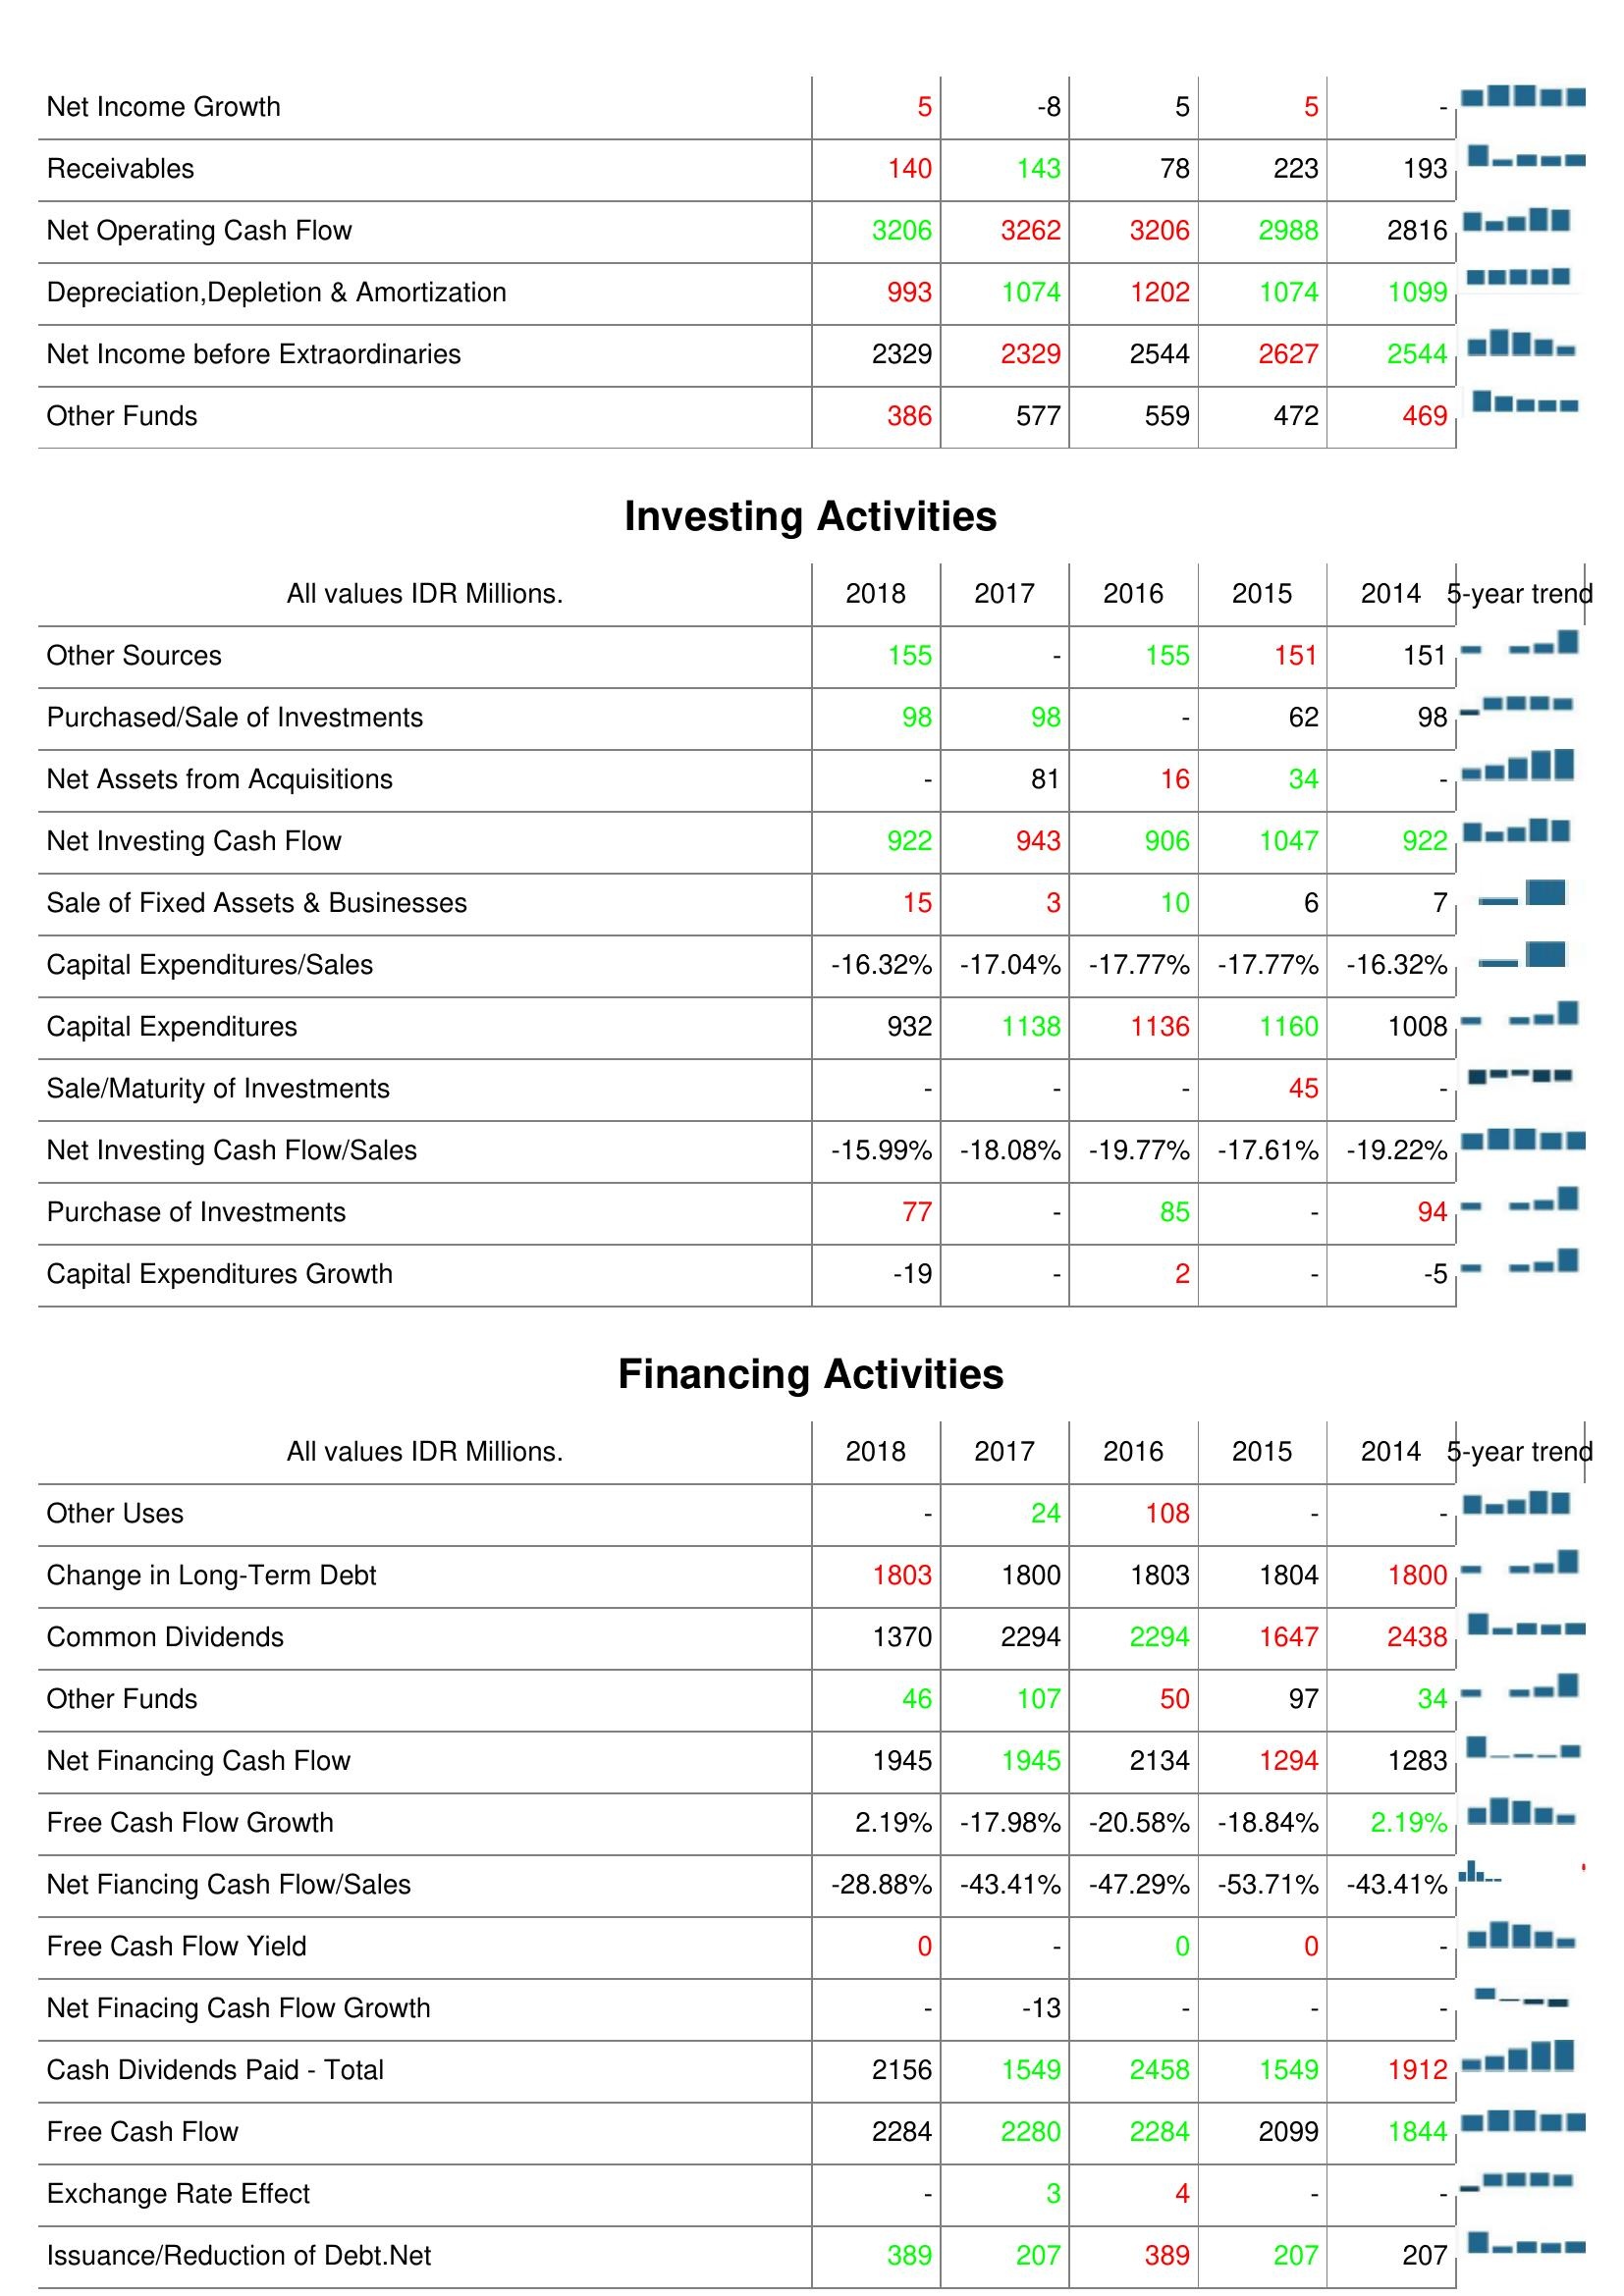
2018: Operating Activities: Net Income Growth: 5
Receivables: 140
Net Operating Cash Flow: 3206
Depreciation,Depletion & Amortization: 993
Net Income before Extraordinaries: 2329
Other Funds: 386
Investing Activities: Other Sources: 155
Purchased/Sale of Investments: 98
Net Assets from Acquisitions: -
Net Investing Cash Flow: 922
Sale of Fixed Assets & Businesses: 15
Capital Expenditures/Sales: -16.32%
Capital Expenditures: 932
Sale/Maturity of Investments: -
Net Investing Cash Flow/Sales: -15.99%
Purchase of Investments: 77
Capital Expenditures Growth: -19
Financing Activities: Other Uses: -
Change in Long-Term Debt: 1803
Common Dividends: 1370
Other Funds: 46
Net Financing Cash Flow: 1945
Free Cash Flow Growth: 2.19%
Net Fiancing Cash Flow/Sales: -28.88%
Free Cash Flow Yield: 0
Net Finacing Cash Flow Growth: -
Cash Dividends Paid - Total: 2156
Free Cash Flow: 2284
Exchange Rate Effect: -
Issuance/Reduction of Debt.Net: 389
2017: Operating Activities: Net Income Growth: -8
Receivables: 143
Net Operating Cash Flow: 3262
Depreciation,Depletion & Amortization: 1074
Net Income before Extraordinaries: 2329
Other Funds: 577
Investing Activities: Other Sources: -
Purchased/Sale of Investments: 98
Net Assets from Acquisitions: 81
Net Investing Cash Flow: 943
Sale of Fixed Assets & Businesses: 3
Capital Expenditures/Sales: -17.04%
Capital Expenditures: 1138
Sale/Maturity of Investments: -
Net Investing Cash Flow/Sales: -18.08%
Purchase of Investments: -
Capital Expenditures Growth: -
Financing Activities: Other Uses: 24
Change in Long-Term Debt: 1800
Common Dividends: 2294
Other Funds: 107
Net Financing Cash Flow: 1945
Free Cash Flow Growth: -17.98%
Net Fiancing Cash Flow/Sales: -43.41%
Free Cash Flow Yield: -
Net Finacing Cash Flow Growth: -13
Cash Dividends Paid - Total: 1549
Free Cash Flow: 2280
Exchange Rate Effect: 3
Issuance/Reduction of Debt.Net: 207
2016: Operating Activities: Net Income Growth: 5
Receivables: 78
Net Operating Cash Flow: 3206
Depreciation,Depletion & Amortization: 1202
Net Income before Extraordinaries: 2544
Other Funds: 559
Investing Activities: Other Sources: 155
Purchased/Sale of Investments: -
Net Assets from Acquisitions: 16
Net Investing Cash Flow: 906
Sale of Fixed Assets & Businesses: 10
Capital Expenditures/Sales: -17.77%
Capital Expenditures: 1136
Sale/Maturity of Investments: -
Net Investing Cash Flow/Sales: -19.77%
Purchase of Investments: 85
Capital Expenditures Growth: 2
Financing Activities: Other Uses: 108
Change in Long-Term Debt: 1803
Common Dividends: 2294
Other Funds: 50
Net Financing Cash Flow: 2134
Free Cash Flow Growth: -20.58%
Net Fiancing Cash Flow/Sales: -47.29%
Free Cash Flow Yield: 0
Net Finacing Cash Flow Growth: -
Cash Dividends Paid - Total: 2458
Free Cash Flow: 2284
Exchange Rate Effect: 4
Issuance/Reduction of Debt.Net: 389
2015: Operating Activities: Net Income Growth: 5
Receivables: 223
Net Operating Cash Flow: 2988
Depreciation,Depletion & Amortization: 1074
Net Income before Extraordinaries: 2627
Other Funds: 472
Investing Activities: Other Sources: 151
Purchased/Sale of Investments: 62
Net Assets from Acquisitions: 34
Net Investing Cash Flow: 1047
Sale of Fixed Assets & Businesses: 6
Capital Expenditures/Sales: -17.77%
Capital Expenditures: 1160
Sale/Maturity of Investments: 45
Net Investing Cash Flow/Sales: -17.61%
Purchase of Investments: -
Capital Expenditures Growth: -
Financing Activities: Other Uses: -
Change in Long-Term Debt: 1804
Common Dividends: 1647
Other Funds: 97
Net Financing Cash Flow: 1294
Free Cash Flow Growth: -18.84%
Net Fiancing Cash Flow/Sales: -53.71%
Free Cash Flow Yield: 0
Net Finacing Cash Flow Growth: -
Cash Dividends Paid - Total: 1549
Free Cash Flow: 2099
Exchange Rate Effect: -
Issuance/Reduction of Debt.Net: 207
2014: Operating Activities: Net Income Growth: -
Receivables: 193
Net Operating Cash Flow: 2816
Depreciation,Depletion & Amortization: 1099
Net Income before Extraordinaries: 2544
Other Funds: 469
Investing Activities: Other Sources: 151
Purchased/Sale of Investments: 98
Net Assets from Acquisitions: -
Net Investing Cash Flow: 922
Sale of Fixed Assets & Businesses: 7
Capital Expenditures/Sales: -16.32%
Capital Expenditures: 1008
Sale/Maturity of Investments: -
Net Investing Cash Flow/Sales: -19.22%
Purchase of Investments: 94
Capital Expenditures Growth: -5
Financing Activities: Other Uses: -
Change in Long-Term Debt: 1800
Common Dividends: 2438
Other Funds: 34
Net Financing Cash Flow: 1283
Free Cash Flow Growth: 2.19%
Net Fiancing Cash Flow/Sales: -43.41%
Free Cash Flow Yield: -
Net Finacing Cash Flow Growth: -
Cash Dividends Paid - Total: 1912
Free Cash Flow: 1844
Exchange Rate Effect: -
Issuance/Reduction of Debt.Net: 207